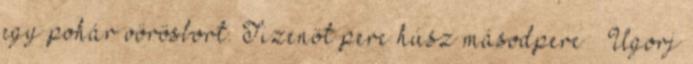
egy pohár vörösbort. Tizenöt perc húsz másodperc » Ugorj